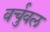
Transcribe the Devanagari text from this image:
वर्चुवल